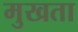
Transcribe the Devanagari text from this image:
मुखता